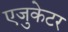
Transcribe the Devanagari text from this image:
एजुकेटर